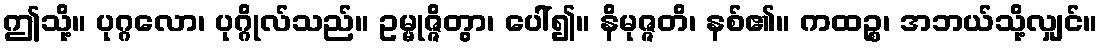
ဤသို့။ ပုဂ္ဂလော၊ ပုဂ္ဂိုလ်သည်။ ဥမ္မုဇ္ဇိတွာ၊ ပေါ်၍။ နိမုဇ္ဇတိ၊ နစ်၏။ ကထဉ္စ၊ အဘယ်သို့လျှင်။